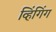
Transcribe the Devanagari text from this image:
व्हिंगिंग